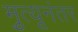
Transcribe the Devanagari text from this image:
मृुत्यूनंतर